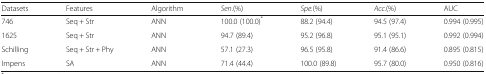
<table><thead><tr><td><b>Datasets</b></td><td><b>Features</b></td><td><b>Algorithm</b></td><td><b><i>Sen.</i>(%)</b></td><td><b><i>Spe.</i>(%)</b></td><td><b><i>Acc</i>.(%)</b></td><td><b>AUC</b></td></tr></thead><tbody><tr><td>746</td><td>Seq + Str</td><td>ANN</td><td>100.0 (100.0)<sup>*</sup></td><td>88.2 (94.4)</td><td>94.5 (97.4)</td><td>0.994 (0.995)</td></tr><tr><td>1625</td><td>Seq + Str</td><td>ANN</td><td>94.7 (89.4)</td><td>95.2 (96.8)</td><td>95.1 (95.1)</td><td>0.992 (0.994)</td></tr><tr><td>Schilling</td><td>Seq + Str + Phy</td><td>ANN</td><td>57.1 (27.3)</td><td>96.5 (95.8)</td><td>91.4 (86.6)</td><td>0.895 (0.815)</td></tr><tr><td>Impens</td><td>SA</td><td>ANN</td><td>71.4 (44.4)</td><td>100.0 (89.8)</td><td>95.7 (80.0)</td><td>0.950 (0.816)</td></tr></tbody></table>